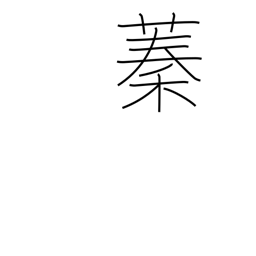
Meaning: thicket